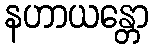
နဟာယန္တော